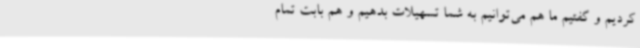
کردیم و گفتیم ما هم می‌توانیم به شما تسهیلات بدهیم و هم بابت تمام